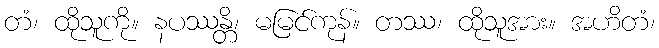
တံ၊ ထိုသူကို။ နပဿန္တိ၊ မမြင်ကုန်။ တဿ၊ ထိုသူအား။ အဟိတံ၊